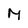
Character: M